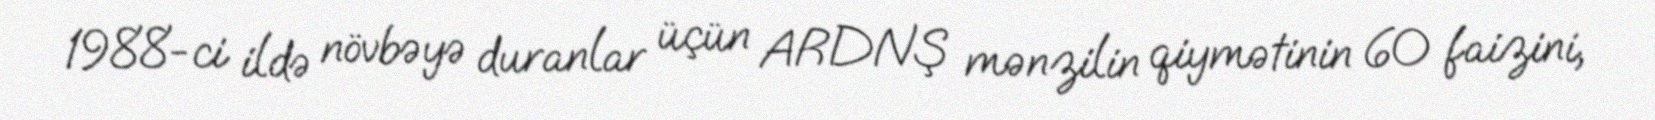
1988-ci ildə növbəyə duranlar üçün ARDNŞ mənzilin qiymətinin 60 faizini,